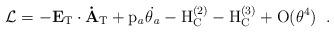
LaTeX: \begin{align*}{\cal L}=-\bf E_{\rm T}\cdot \dot{A}_{\rm T}\rm + p_{\it a}\dot{\theta_{\it a}} - H_{C}^{(2)}-H_{C}^{(3)}+O(\theta^4)\; \; .\vspace{1em}\end{align*}